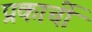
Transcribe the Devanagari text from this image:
प्रकार्ची